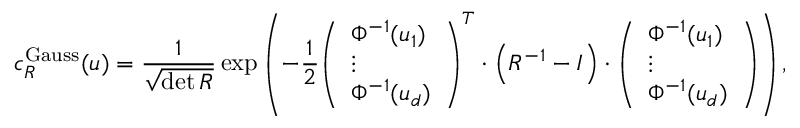
c _ { R } ^ { \mathrm { G a u s s } } ( u ) = { \frac { 1 } { \sqrt { \operatorname* { d e t } { R } } } } \exp \left( - { \frac { 1 } { 2 } } { \left( \begin{array} { l } { \Phi ^ { - 1 } ( u _ { 1 } ) } \\ { \vdots } \\ { \Phi ^ { - 1 } ( u _ { d } ) } \end{array} \right) } ^ { T } \cdot \left( R ^ { - 1 } - I \right) \cdot { \left( \begin{array} { l } { \Phi ^ { - 1 } ( u _ { 1 } ) } \\ { \vdots } \\ { \Phi ^ { - 1 } ( u _ { d } ) } \end{array} \right) } \right) ,